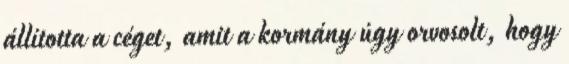
állította a céget, amit a kormány úgy orvosolt, hogy